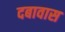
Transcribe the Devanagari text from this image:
दबावास